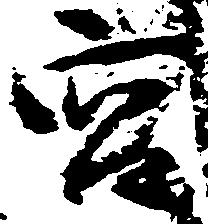
宮